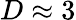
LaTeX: D\approx 3